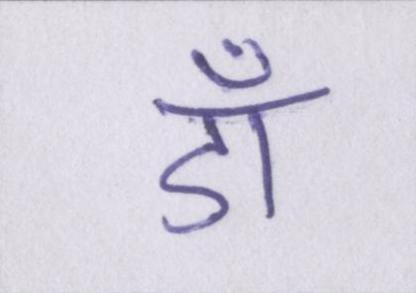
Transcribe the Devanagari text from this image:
डॉ